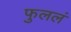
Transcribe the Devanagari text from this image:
फुललं